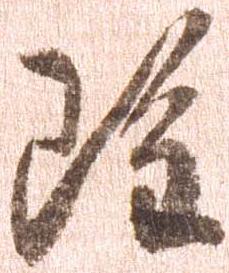
雖